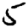
Digit: 5